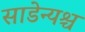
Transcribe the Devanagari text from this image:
साडेन्यश्च